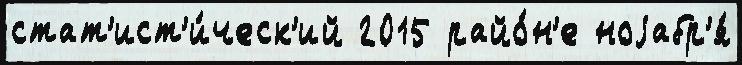
стат'ист'и́ческ'ий 2015 райо́н'е ноjабр'я́